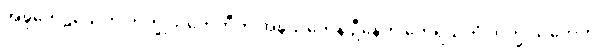
အဍ္ဎတေဠသေဟိ ဘိက္ခုသတေဟီတိ အဍ္ဎသတေန ဦနေဟိ တေရသဟိ ဘိက္ခုသတေဟိ။